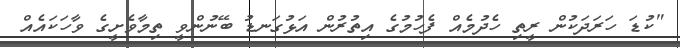
"ކުޑަ ހަރަދަކުން ރީތި ހެދުމެއް ފެހުމުގެ އިތުރުން އަޅުގަނޑު ބޭނުންވީ ތިމާވެށީގެ ވާހަކައެއް